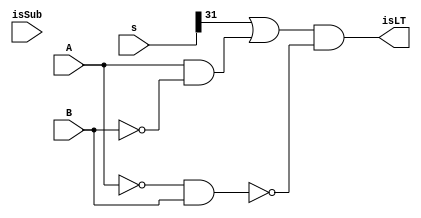
module lessthan(isLT, s, A, B, isSub);
    input isSub, A, B;
    input [31:0] s; // s is the output of the subtraction
    output isLT;

    wire w1, w2, w3, w4, nb, na;
    assign w1 = s[31];

    // isLT = A[31] & !B[31];
    not notB(nb, B);
    and ovfcase(w2, A, nb);

    // if A[31] = 0 and B[31] = 1 then isLT WILL be false
    not notA(na, A);
    nand oppsigns(w4, na, B); // w4 will be ZERO if a = 0 and b = 1


    or ortwocases(w3, w1, w2);

    and final(isLT, w3, w4);
endmodule